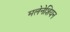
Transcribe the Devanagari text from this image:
मलेनेशियन